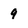
Character: 9